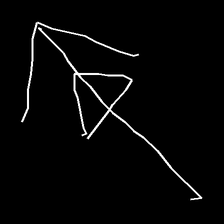
Glyph: pull